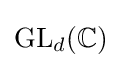
\mathrm {GL} _{d}(\mathbb {C} )